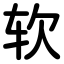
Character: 软